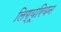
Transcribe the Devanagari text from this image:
लिग्यूरियन